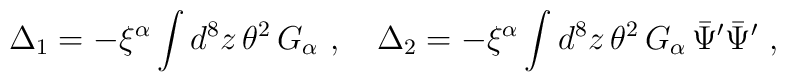
\Delta_1=-\xi^\alpha\int d^8z\,  \theta^2\,  G_\alpha\ ,\quad\Delta_2=- \xi^\alpha \int d^8z\,\theta^2\, G_\alpha\, \bar \Psi'\bar \Psi'\ ,